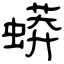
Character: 蟒